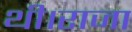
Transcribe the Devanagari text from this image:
थी।राजा